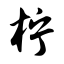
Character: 柠